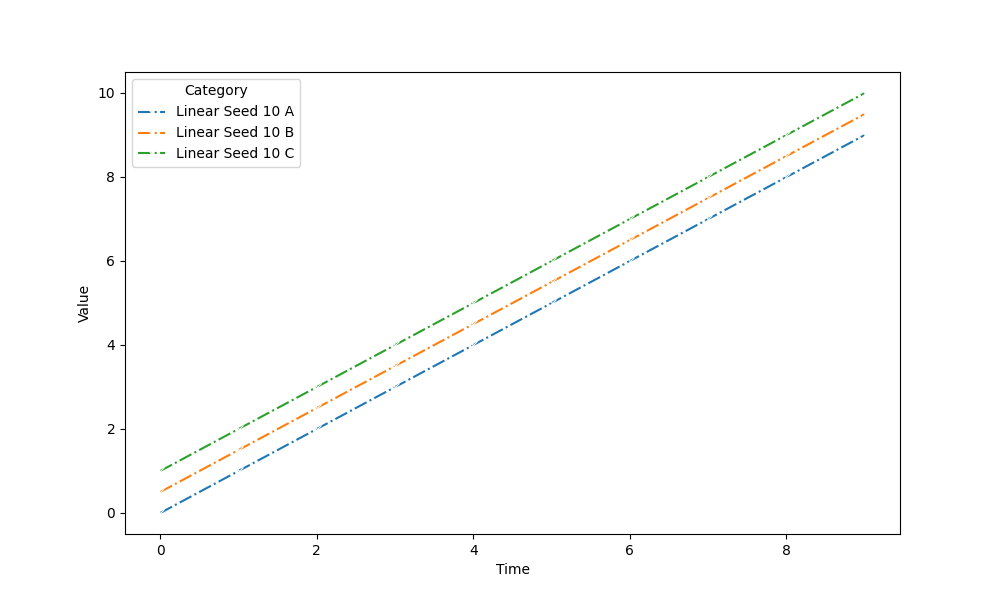
python, seaborn, lineplot, style='dashdot', marker='x'